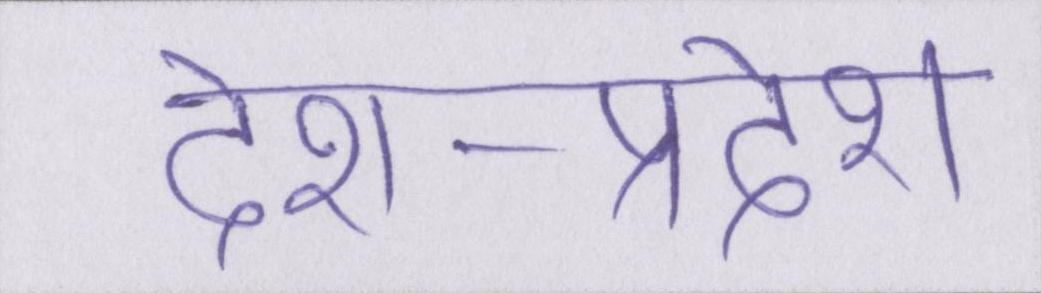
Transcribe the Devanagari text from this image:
देश-प्रदेश